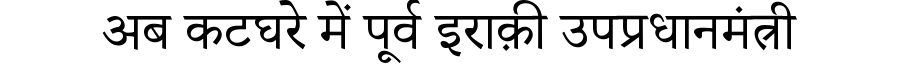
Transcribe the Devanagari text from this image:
अब कटघरे में पूर्व इराक़ी उपप्रधानमंत्री